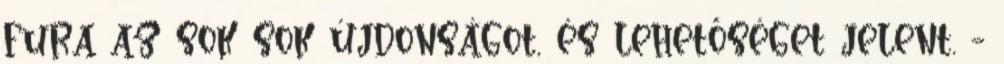
fura az sok sok újdonságot, és lehetőséget jelent. -